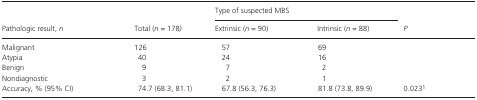
<table><thead><tr><td rowspan="2"><b>Pathologic result, <i>n</i></b></td><td rowspan="2"><b>Total (<i>n = </i>178<i>)</i></b></td><td colspan="2"><b>Type of suspected MBS</b></td><td rowspan="2"><b><i>P</i></b></td></tr><tr><td><b>Extrinsic (<i>n </i>=<i> </i>90)</b></td><td><b>Intrinsic (<i>n </i>=<i> </i>88)</b></td></tr></thead><tbody><tr><td>Malignant</td><td>126</td><td>57</td><td>69</td><td></td></tr><tr><td>Atypia</td><td>40</td><td>24</td><td>16</td><td></td></tr><tr><td>Benign</td><td>9</td><td>7</td><td>2</td><td></td></tr><tr><td>Nondiagnostic</td><td>3</td><td>2</td><td>1</td><td></td></tr><tr><td>Accuracy, % (95% CI)</td><td>74.7 (68.3, 81.1)</td><td>67.8 (56.3, 76.3)</td><td>81.8 (73.8, 89.9)</td><td>0.023a</td></tr></tbody></table>